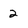
Character: 2